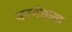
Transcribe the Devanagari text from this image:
कार्यक्तृत्व